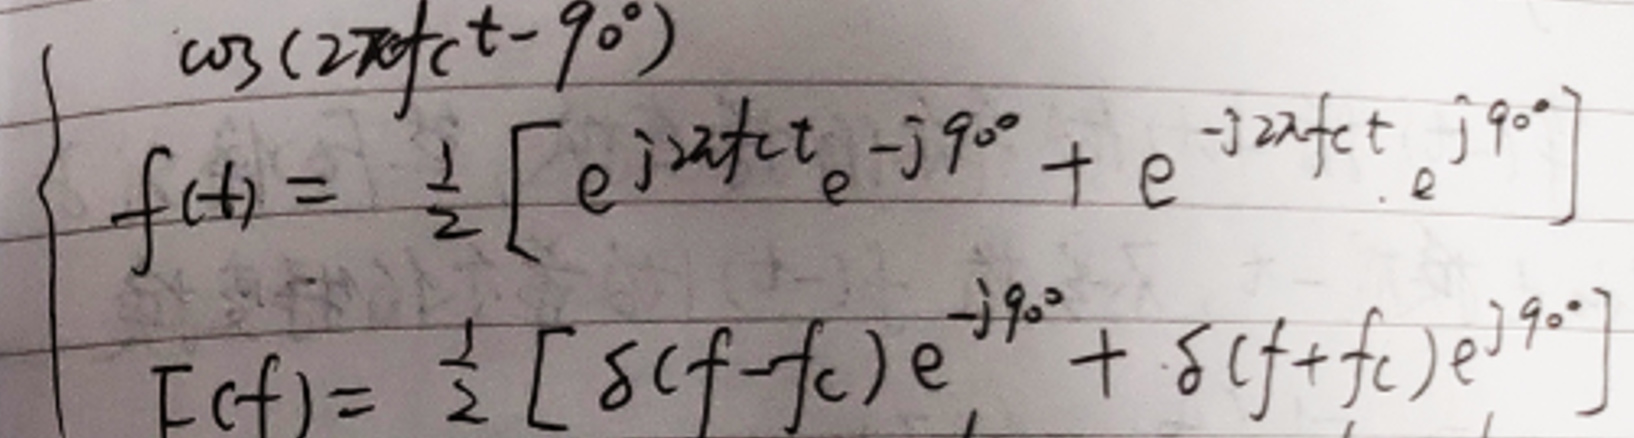
\[
\begin{cases}
\cos(2\pi f_ct - 90^{\circ}) \\
f(t)=\frac{1}{2}[e^{j2\pi f_ct}e^{-j90^{\circ}} + e^{-j2\pi f_ct}e^{j90^{\circ}}] \\
F(f)=\frac{1}{2}[\delta(f - f_c)e^{-j90^{\circ}}+\delta(f + f_c)e^{j90^{\circ}}]
\end{cases}
\]